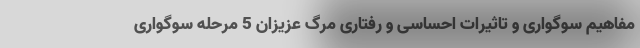
مفاهیم سوگواری و تاثیرات احساسی و رفتاری مرگ عزیزان 5 مرحله سوگواری